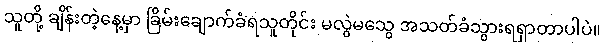
သူတို့ ချိန်းတဲ့နေ့မှာ ခြိမ်းချောက်ခံရသူတိုင်း မလွဲမသွေ အသတ်ခံသွားရရှာတာပါပဲ။